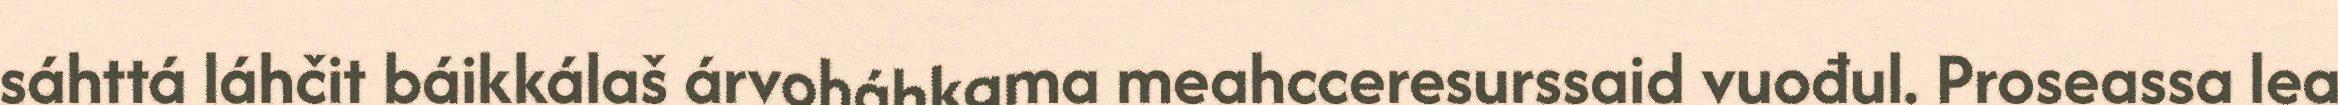
sáhttá láhčit báikkálaš árvoháhkama meahcceresurssaid vuođul. Proseassa lea